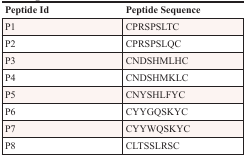
<table><thead><tr><td><b>Peptide Id</b></td><td><b>Peptide Sequence</b></td></tr></thead><tbody><tr><td>P1</td><td>CPRSPSLTC</td></tr><tr><td>P2</td><td>CPRSPSLQC</td></tr><tr><td>P3</td><td>CNDSHMLHC</td></tr><tr><td>P4</td><td>CNDSHMKLC</td></tr><tr><td>P5</td><td>CNYSHLFYC</td></tr><tr><td>P6</td><td>CYYGQSKYC</td></tr><tr><td>P7</td><td>CYYWQSKYC</td></tr><tr><td>P8</td><td>CLTSSLRSC</td></tr></tbody></table>